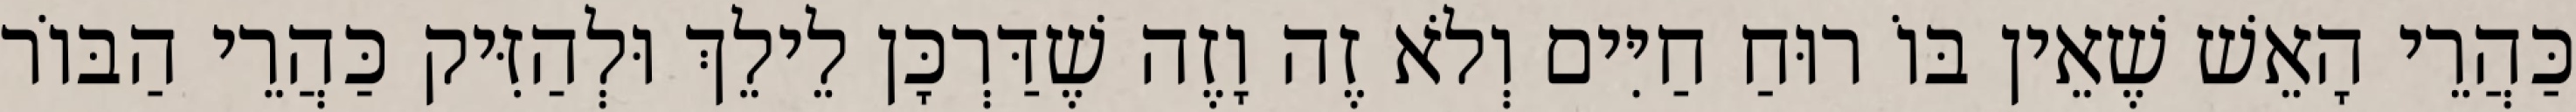
כַּהֲרֵי הָאֵשׁ שֶׁאֵין בּוֹ רוּחַ חַיִּים וְלֹא זֶה וָזֶה שֶׁדַּרְכָּן לֵילֵךְ וּלְהַזִּיק כַּהֲרֵי הַבּוֹר